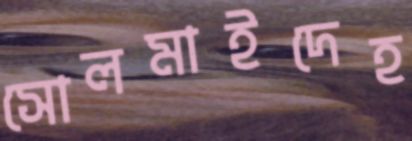
সোলমাইদেহ